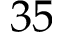
3 5